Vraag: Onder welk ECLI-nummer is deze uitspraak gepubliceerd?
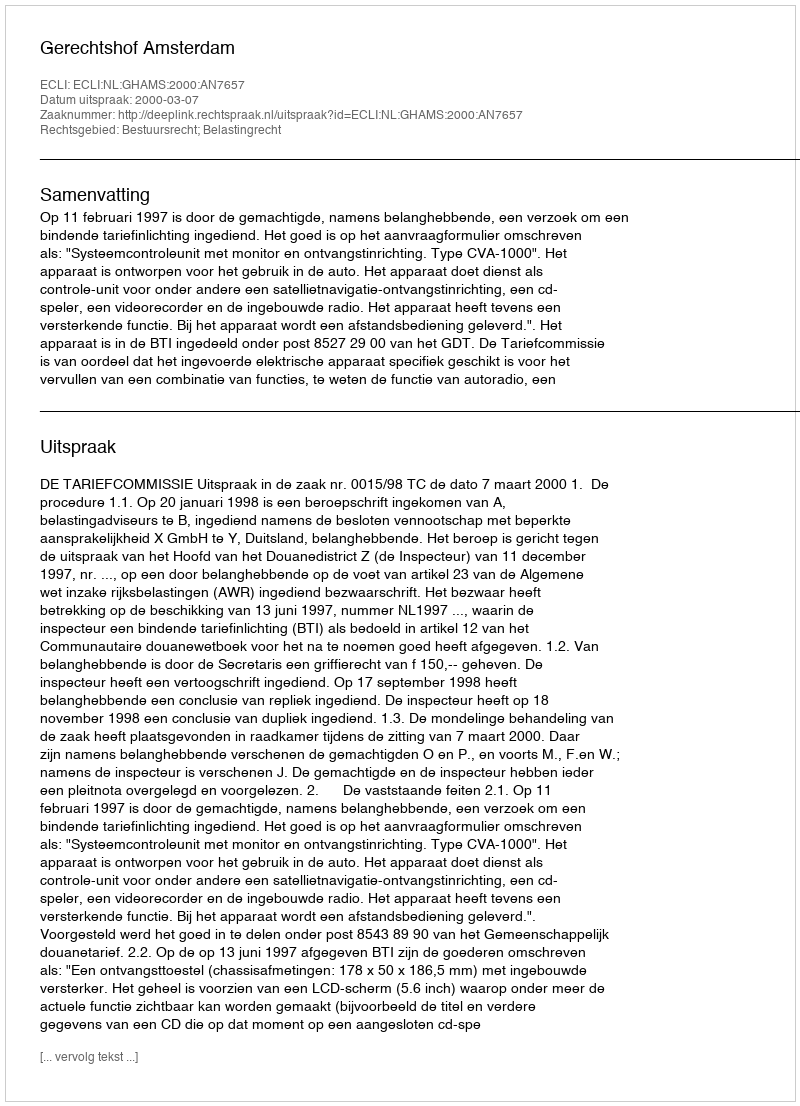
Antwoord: ECLI:NL:GHAMS:2000:AN7657